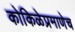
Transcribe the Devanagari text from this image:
कोकिळेप्रमाणेच